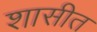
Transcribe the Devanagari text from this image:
शासीत